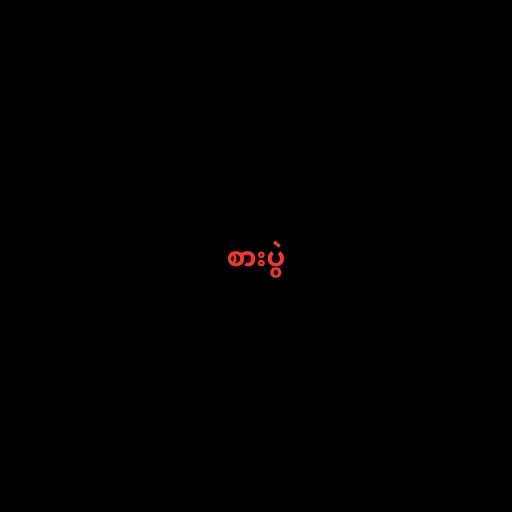
စားပွဲ